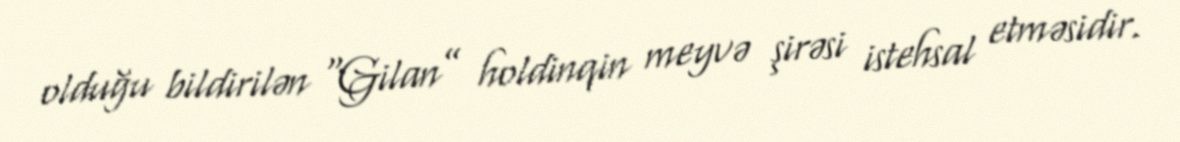
olduğu bildirilən “Gilan” holdinqin meyvə şirəsi istehsal etməsidir.